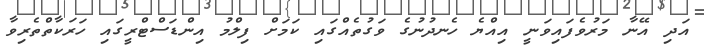
އަދި އޭނާ މަރުވެފައިވަނީ އިއްޔެ ހެނދުނުގެ ވަގުތެއްގައި ކަމަށް ފިލްމު އިންޑަސްޓްރީގައި ހަރަކާތްތެރިވާ